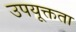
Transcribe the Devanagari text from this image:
उपयूक्तता